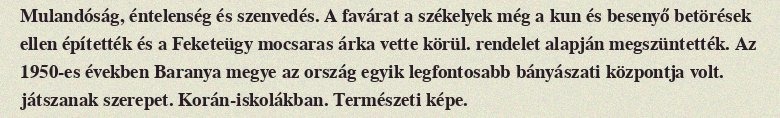
Mulandóság, éntelenség és szenvedés. A favárat a székelyek még a kun és besenyő betörések ellen építették és a Feketeügy mocsaras árka vette körül. rendelet alapján megszüntették. Az 1950-es években Baranya megye az ország egyik legfontosabb bányászati központja volt. játszanak szerepet. Korán-iskolákban. Természeti képe.